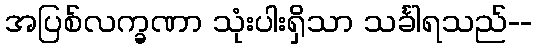
အပြစ်လက္ခဏာ သုံးပါးရှိသာ သင်္ခါရသည်--